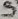
Text: S